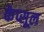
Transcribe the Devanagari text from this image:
केप्सूल